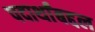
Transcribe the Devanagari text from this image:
पदार्थांबद्दल